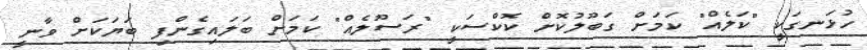
ހުޅަނގަކީ "ކަލެއް" ކަމަށް ގަބޫލުކޮށް ކޮކްސަކީ "ރަސޫލެއް" ކަމަށް ބަލައިގެންފި ބަޔަކަށް ވާނީ